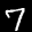
Label: 7